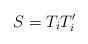
LaTeX: \begin{align*}S =T_i T_i'\end{align*}